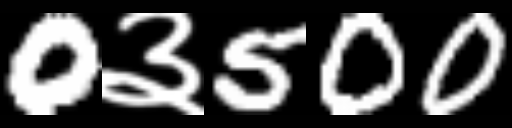
Text: 0३500